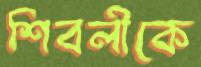
শিবলীকে